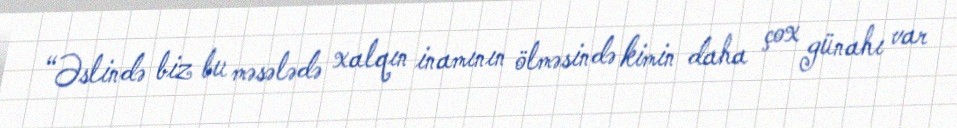
“Əslində biz bu məsələdə xalqın inamının ölməsində kimin daha çox günahı var